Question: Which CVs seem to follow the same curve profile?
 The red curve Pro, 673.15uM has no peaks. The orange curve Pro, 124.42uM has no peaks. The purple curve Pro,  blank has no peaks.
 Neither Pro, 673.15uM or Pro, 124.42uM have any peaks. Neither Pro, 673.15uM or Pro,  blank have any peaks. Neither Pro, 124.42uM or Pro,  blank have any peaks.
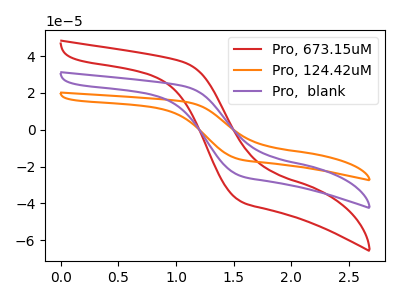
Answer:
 <answer>"Pro, 673.15uM", "Pro, 124.42uM" and "Pro,  blank" have the same shape and are likely CV's of the same chemical.</answer>
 <eval>"Pro, 673.15uM" "Pro, 124.42uM" "Pro,  blank"</eval>